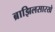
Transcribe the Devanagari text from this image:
ब्राझिलसारखे